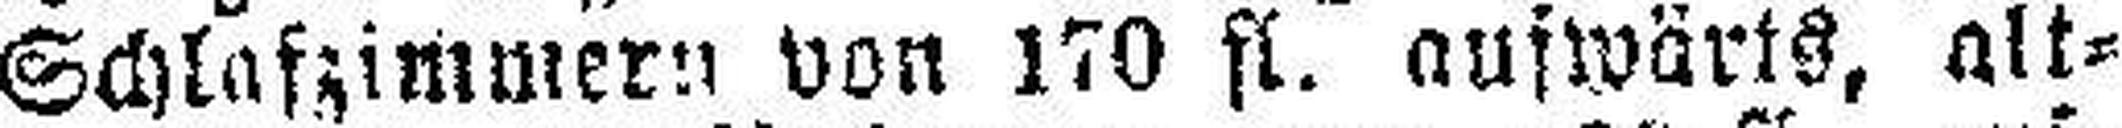
Schlafzimmern von 170 fl. aufwärts, alt¬